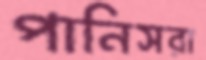
পানিসরা